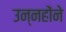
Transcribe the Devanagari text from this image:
उन्नहोंने